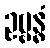
ဥဗ္ဗန္ဓံ